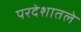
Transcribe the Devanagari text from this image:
परदेशातले